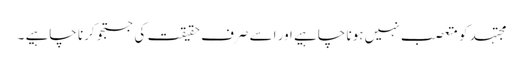
مجتہد کو متعصب نہیں ہونا چاہیے اور اسے صرف حقیقت کی جستجو کرنا چاہیے ۔